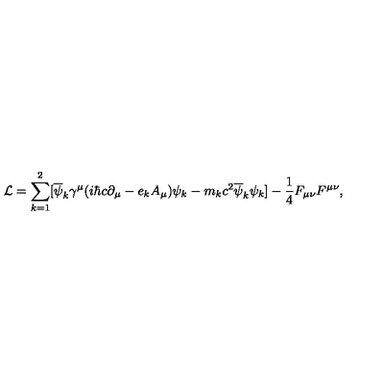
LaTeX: { \cal L } = \sum _ { k = 1 } ^ { 2 } [ \overline { { \psi } } _ { k } { \gamma } ^ { \mu } ( i { \hbar } c { \partial } _ { \mu } - e _ { k } A _ { \mu } ) { \psi } _ { k } - m _ { k } c ^ { 2 } \overline { { \psi } } _ { k } { \psi } _ { k } ] - \frac { 1 } { 4 } F _ { \mu \nu } F ^ { \mu \nu } ,